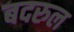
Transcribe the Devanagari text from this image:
बदरुल